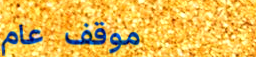
موقف عام